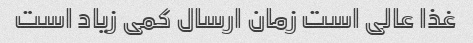
غذا عالی است زمان ارسال کمی زیاد است